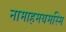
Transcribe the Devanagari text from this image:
नामाहमयमस्मि